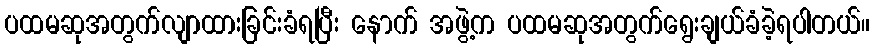
ပထမဆုအတွက်လျာထားခြင်းခံရပြီး နောက် အဖွဲ့က ပထမဆုအတွက်ရွေးချယ်ခံခဲ့ရပါတယ်။